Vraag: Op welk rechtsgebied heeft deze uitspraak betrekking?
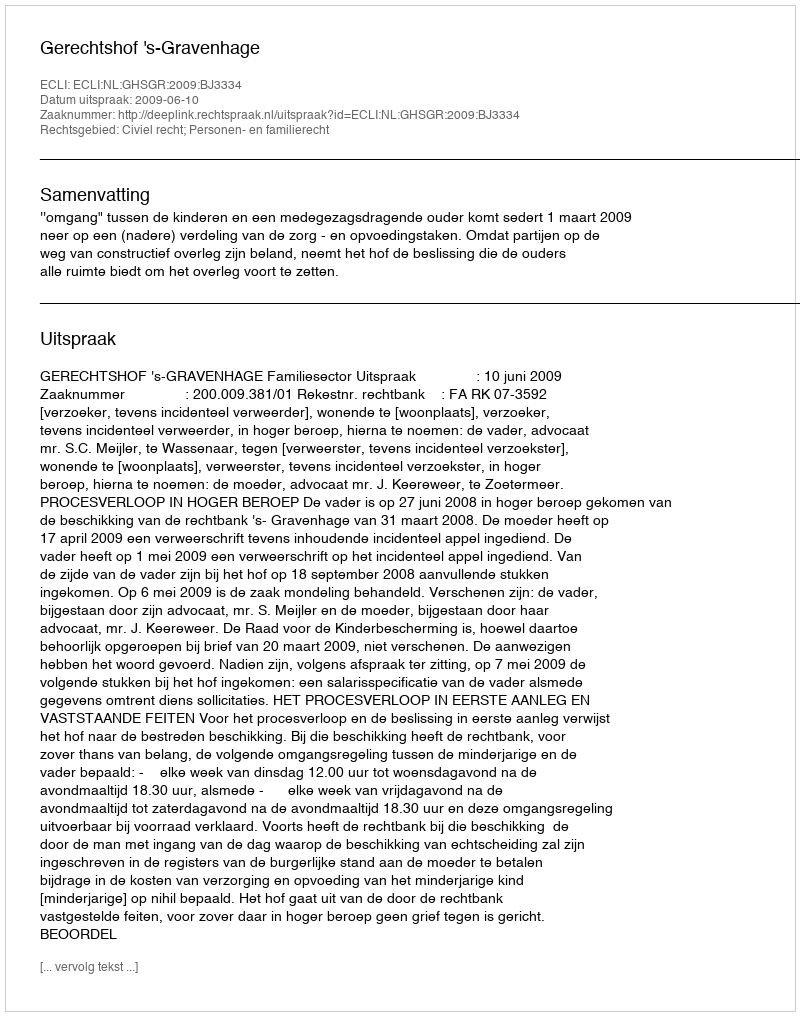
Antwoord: Civiel recht; Personen- en familierecht